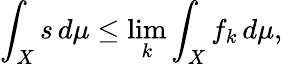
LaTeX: \int_{X}s\, d\mu\leq\operatorname*{lim}_{k}\int_{X}f_{k}\, d\mu,